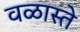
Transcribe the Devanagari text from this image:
वळास्ते